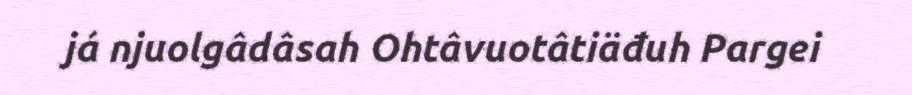
já njuolgâdâsah Ohtâvuotâtiäđuh Pargei